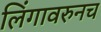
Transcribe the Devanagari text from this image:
लिंगावरुनच